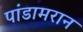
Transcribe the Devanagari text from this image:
पांडामरान